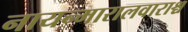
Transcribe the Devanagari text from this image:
नायन्मारालवाराश्च